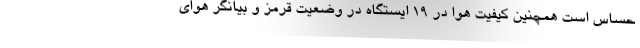
حساس است همچنین کیفیت هوا در ۱۹ ایستگاه در وضعیت قرمز و بیانگر هوای